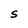
Character: S